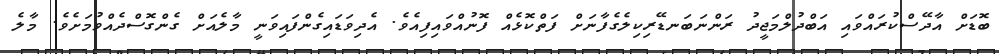
ބޮޑަށް އާދޭސްކުރައްވައި އަބްދުލްމަޖީދު ރަންނަބަނޑޭރިކިލެގެފާނަށް ފަތްކޮޅެއް ފޮނުއްވައިފިއެވެ. އެދިވަޑައިގެންފައިވަނީ މާލެއަށް ގެންގޮސްދެއްވުމަށެވެ. މާލެ